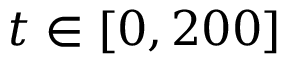
t \in [ 0 , 2 0 0 ]